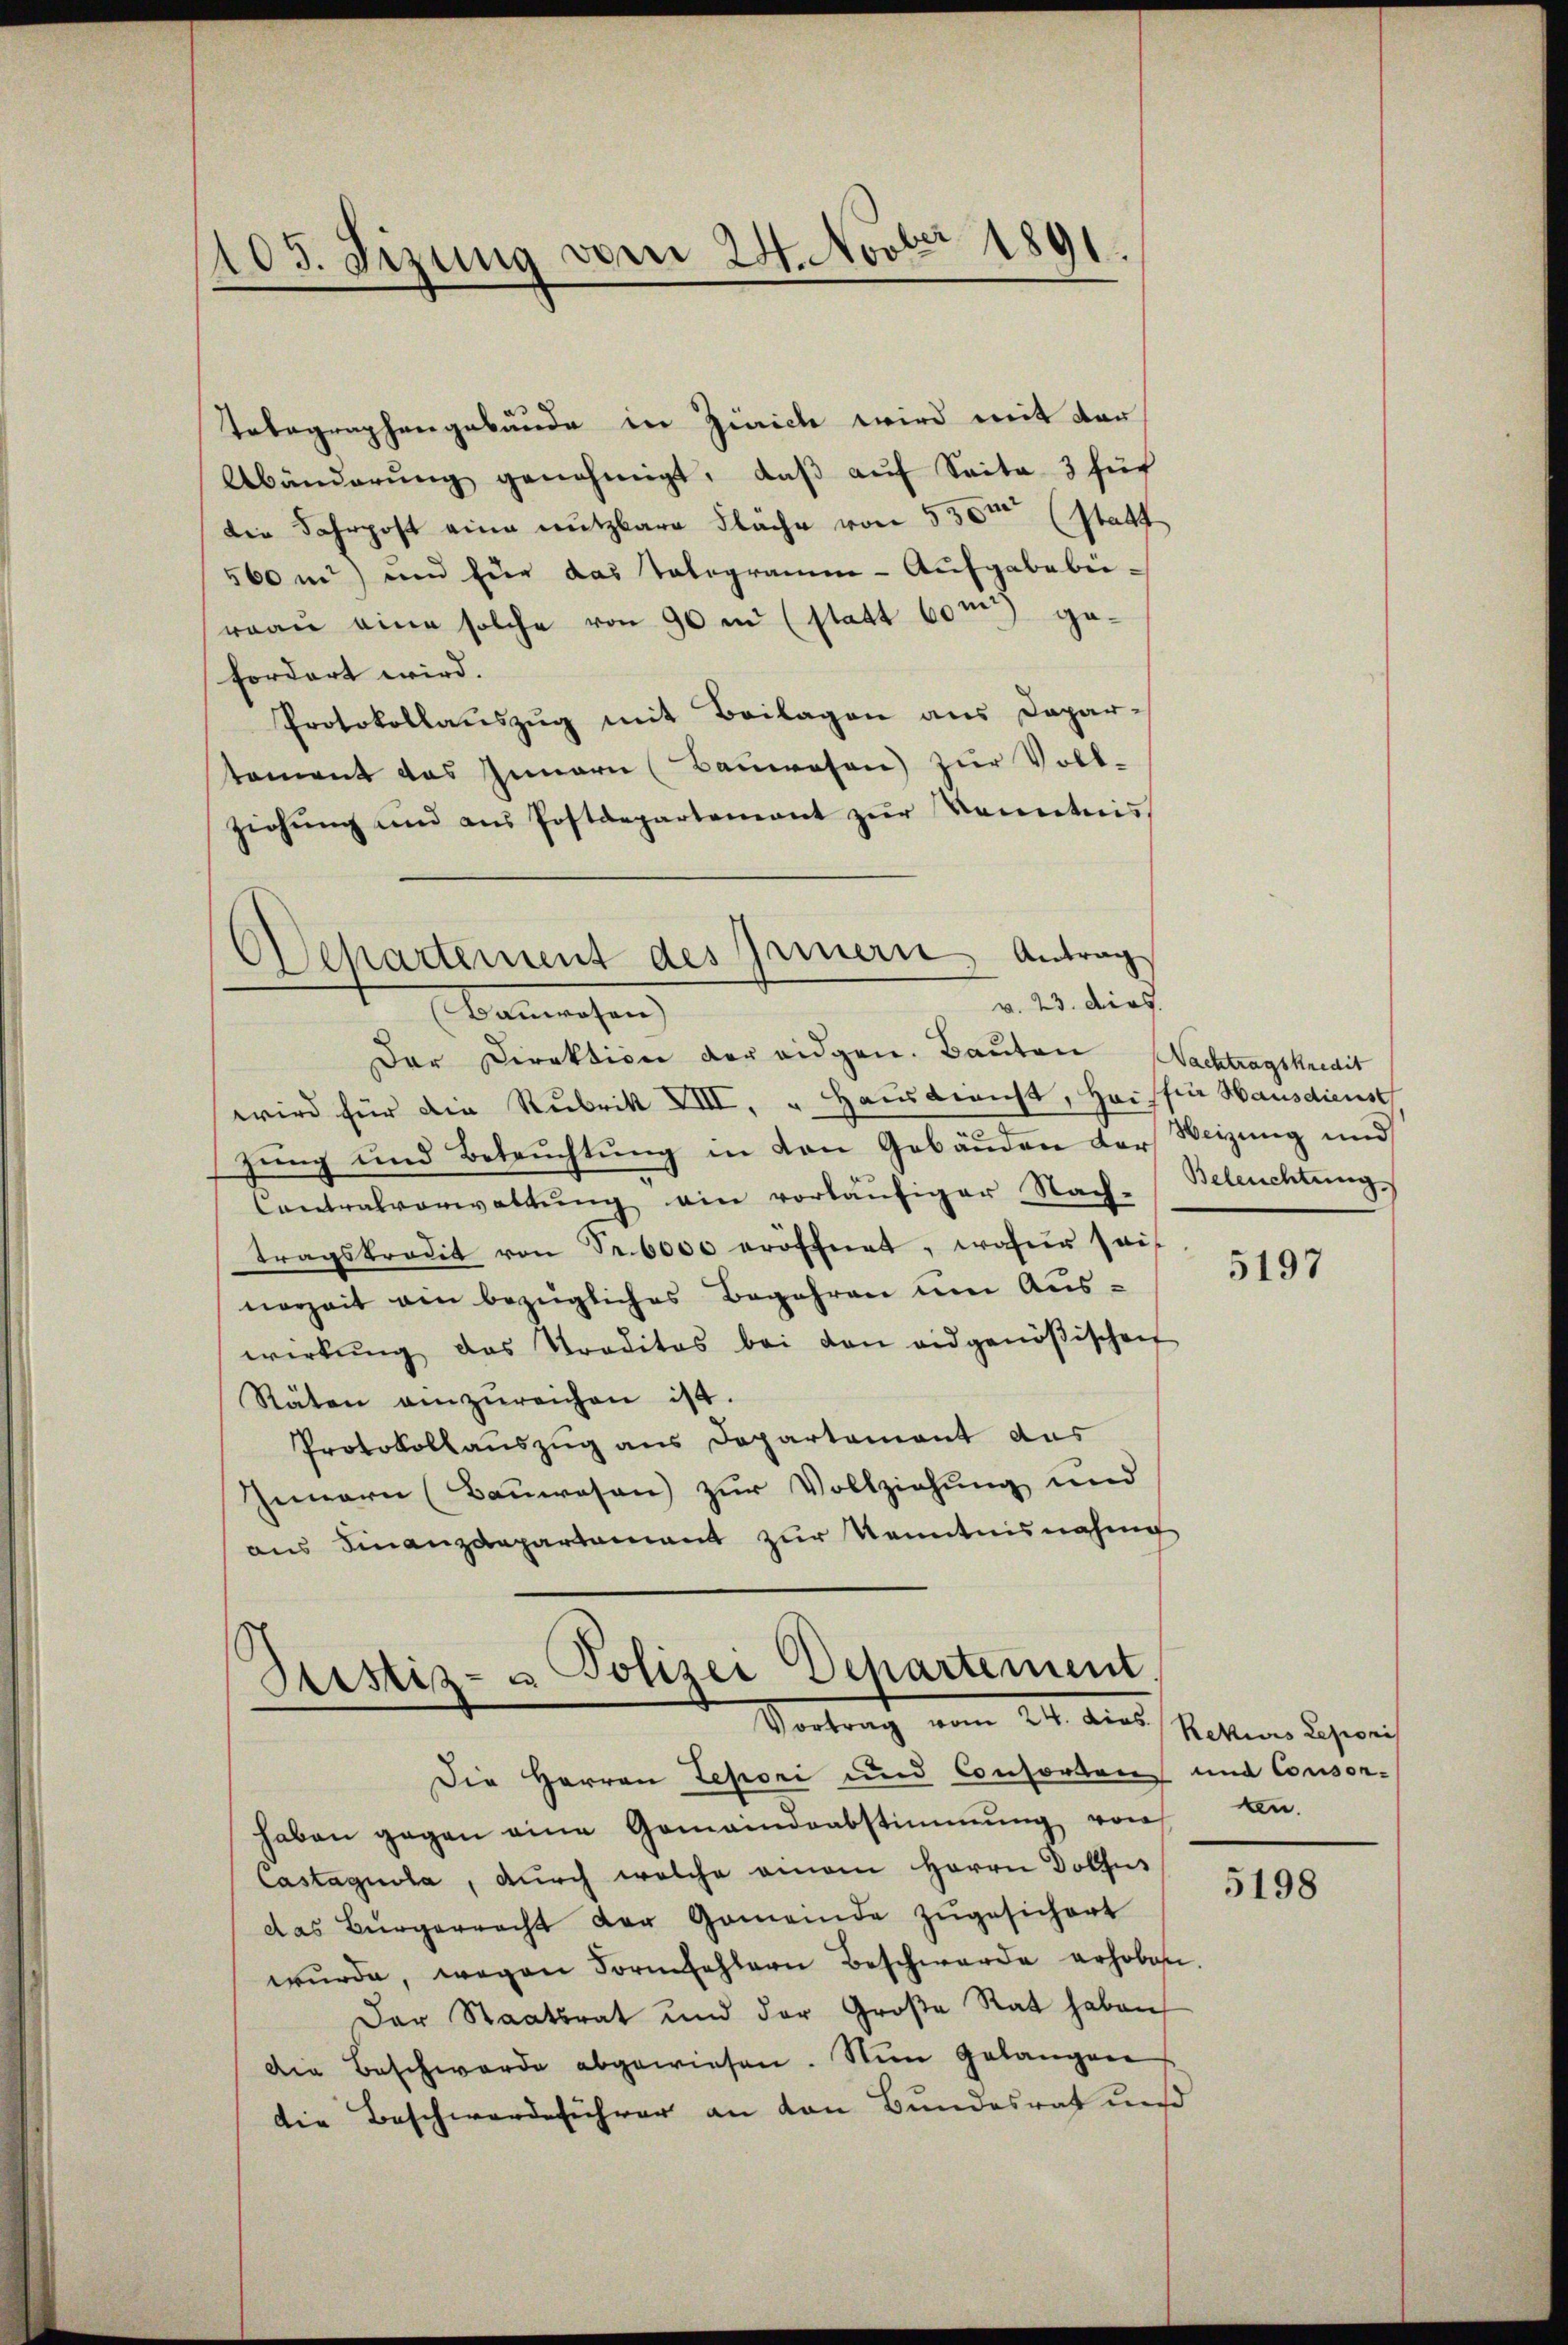
105. Sizung vom 24. Novber 1891.

Departement des Innern, Antrag
v. 23. dies
Bauwesen

Telegraphengebäude in Zürich wird mit der
Abänderŭng genehmigt, daβ aŭf Seite 3 füh
die Fahrpost eine nutzbare Fläche von 530m (statt
560 m) und für das Telegramm - Aufgabebireau eine solche von 90 in (statt 60m gefordert wird.
Protokollauszug mit Beilagen aus Dapar-
tement das Innern (Bauwesen) zur Voll-
ziehŭng und aus Postdepartement zŭr Kenntnis
Der Direktion der eidgen. Bauten Nachtragskredit
wird für die Rubrik VIII, „Hausbrucht, Heisher Hausdienst
zung und Betruchtung in den Gebäuden der Weizung und
Contralverwaltung ein vorläufiger Nach-
tragskredit von Fr. 6000 eröffnet, wofür sei
nerzeit ain bezügliches Begehren um Auswirkŭng das Traditas bei den eidgenößischen
Räten anzŭreichen ist.
Protokollauszug aus Departement das
Innern (Bauwesen) zur Vollziehung und
ans Finanzdepartamant zur Kenntnisnahme

Justiz- u Polizei Departement,
Vortrag vom 24. dies

Beleuchtung

Die Herren Zepori und Consorten und Consorhaben gegen eine Gemeindsabstimmung von
Castagula, durch welche einem Herrn Dolfus
das Bürgerrecht der Gemeinde zugesichert
wŭrde, wegen Formfehlern Beschwerde erhoben.
Der Staatsrat und der Große Rat haben,
Die Beschwerde abgewiesen. Nun gelangen
die Beschwerde ihrer an den Bundesrat und

5197

Rekurs Lepionis
an.

5198